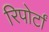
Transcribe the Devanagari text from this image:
रिपोर्टां